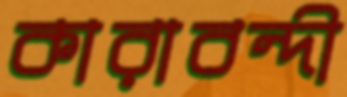
কারাবন্দী